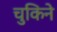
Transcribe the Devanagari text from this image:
चुकिने